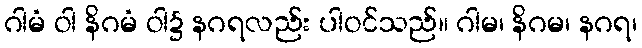
ဂါမံ ဝါ နိဂမံ ဝါ၌ နဂရလည်း ပါဝင်သည်။ ဂါမ၊ နိဂမ၊ နဂရ၊